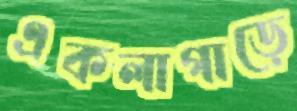
একলাগাড়ে